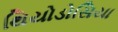
થિયોડોસિયા